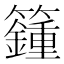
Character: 籦